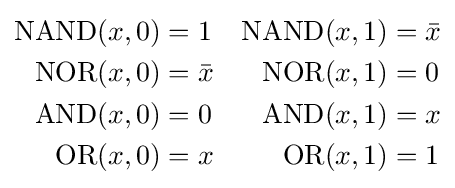
{\begin{aligned}\operatorname {NAND} (x,0)&=1&\operatorname {NAND} (x,1)&={\bar {x}}\\\operatorname {NOR} (x,0)&={\bar {x}}&\operatorname {NOR} (x,1)&=0\\\operatorname {AND} (x,0)&=0&\operatorname {AND} (x,1)&={x}\\\operatorname {OR} (x,0)&=x&\operatorname {OR} (x,1)&=1\\\end{aligned}}